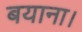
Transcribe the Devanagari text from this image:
बयाना।